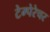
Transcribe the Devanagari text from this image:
टेम्पेरेचर